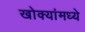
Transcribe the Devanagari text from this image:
खोक्यांमध्ये